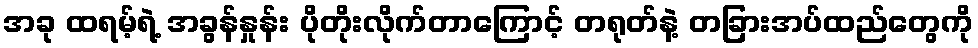
အခု ထရမ့်ရဲ့ အခွန်နှုန်း ပိုတိုးလိုက်တာကြောင့် တရုတ်နဲ့ တခြားအပ်ထည်တွေကို